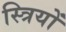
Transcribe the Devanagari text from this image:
स्त्रियों